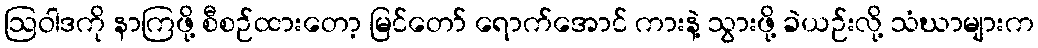
ဩဝါဒကို နာကြဖို့ စီစဉ်ထားတော့ မြင်တော် ရောက်အောင် ကားနဲ့ သွားဖို့ ခဲယဉ်းလို့ သံဃာများက